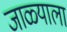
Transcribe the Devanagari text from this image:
जाळ्याला